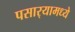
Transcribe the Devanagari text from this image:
पसार्‍यामध्ये